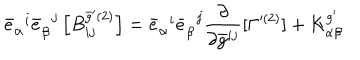
{ \bar { e } } _ { \alpha } ^ { \; \; i } { \bar { e } } _ { \beta } ^ { \; \; j } \left[ { B } _ { i j } ^ { \bar { g } ^ { \prime } ( 2 ) } \right] = { \bar { e } } _ { \alpha } ^ { \; \; i } { \bar { e } } _ { \beta } ^ { \; \; j } \frac { \partial } { \partial \bar { g } ^ { i j } } [ \Gamma ^ { ( 2 ) } ] + { K } _ { \alpha \beta } ^ { g ^ { \prime } }